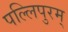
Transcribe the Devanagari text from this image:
पल्लिपुरम्